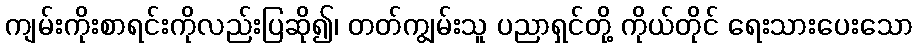
ကျမ်းကိုးစာရင်းကိုလည်းပြဆို၍၊ တတ်ကျွမ်းသူ ပညာရှင်တို့ ကိုယ်တိုင် ရေးသားပေးသော